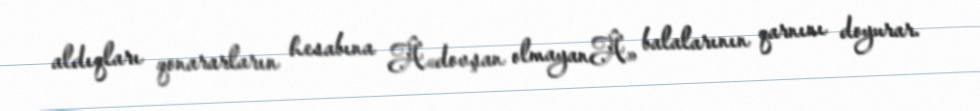
aldıqları qonararların hesabına Â«dovşan olmayanÂ» balalarının qarnını doyurar.